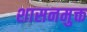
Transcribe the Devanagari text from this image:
शासनमुक्त